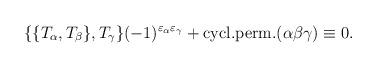
LaTeX: \begin{align*}\{\{T_\alpha,T_\beta\},T_\gamma\}(-1)^{\varepsilon_\alpha\varepsilon_\gamma}+ {\rm cycl.perm.}(\alpha\beta\gamma)\equiv 0.\end{align*}